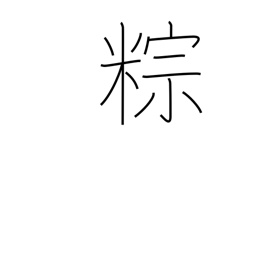
Meaning: rice dumplings steamed in bamboo leaves